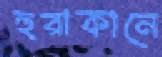
হুরাকানে